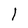
Character: l